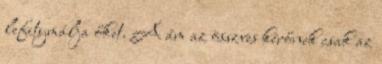
lefitymálja őket. A ám az összves kérőnek csak az